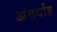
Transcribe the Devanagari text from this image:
अंतर्दाह